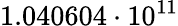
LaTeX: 1.040604\cdot 10^{11}